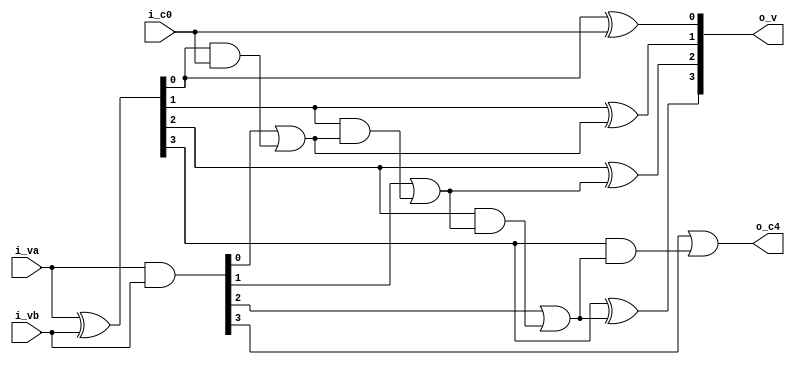
module Accumulator4bit(
        input [3:0] i_va,
        input [3:0] i_vb,
        input i_c0,
        output [3:0] o_v,
        output o_c4
);
    wire [3:0] g, p, c;
    assign g = i_va & i_vb;
    assign p = i_va ^ i_vb;

    assign c[0] = g[0] | (p[0] & i_c0);
    assign c[1] = g[1] | (p[1] & c[0]);
    assign c[2] = g[2] | (p[2] & c[1]);
    assign c[3] = g[3] | (p[3] & c[2]);

    assign o_v[0] = p[0] ^ i_c0;
    assign o_v[1] = p[1] ^ c[0];
    assign o_v[2] = p[2] ^ c[1];
    assign o_v[3] = p[3] ^ c[2];

    // Carry out
    assign o_c4 = c[3];
endmodule

module Accumulator32bit(
    input [31:0] i_va,
    input [31:0] i_vb,
    input i_c0,
    output [31:0] o_v,
    output o_c32
);
    wire [7:0] c;

    Accumulator4bit a0(i_va[3:0],i_vb[3:0],i_c0,o_v[3:0],c[0]);
    Accumulator4bit a1(i_va[7:4],i_vb[7:4],c[0],o_v[7:4],c[1]);
    Accumulator4bit a2(i_va[11:8],i_vb[11:8],c[1],o_v[11:8],c[2]);
    Accumulator4bit a3(i_va[15:12],i_vb[15:12],c[2],o_v[15:12],c[3]);
    Accumulator4bit a4(i_va[19:16],i_vb[19:16],c[3],o_v[19:16],c[4]);
    Accumulator4bit a5(i_va[23:20],i_vb[23:20],c[4],o_v[23:20],c[5]);
    Accumulator4bit a6(i_va[27:24],i_vb[27:24],c[5],o_v[27:24],c[6]);
    Accumulator4bit a7(i_va[31:28],i_vb[31:28],c[6],o_v[31:28],c[7]);

    assign o_c32 = c[7];


endmodule